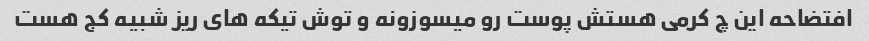
افتضاحه این چ کرمی هستش پوست رو میسوزونه و توش تیکه های ریز شبیه کج هست